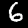
Digit: 6